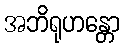
အဘိရုဟန္တော